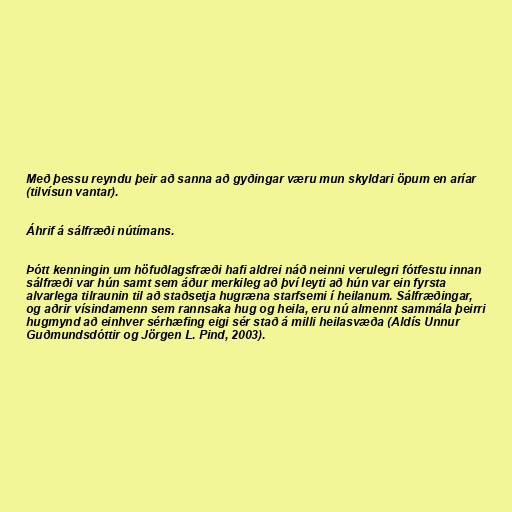
Með þessu reyndu þeir að sanna að gyðingar væru mun skyldari öpum en aríar
(tilvísun vantar).

Áhrif á sálfræði nútímans.

Þótt kenningin um höfuðlagsfræði hafi aldrei náð neinni verulegri fótfestu innan
sálfræði var hún samt sem áður merkileg að því leyti að hún var ein fyrsta
alvarlega tilraunin til að staðsetja hugræna starfsemi í heilanum. Sálfræðingar,
og aðrir vísindamenn sem rannsaka hug og heila, eru nú almennt sammála þeirri
hugmynd að einhver sérhæfing eigi sér stað á milli heilasvæða (Aldís Unnur
Guðmundsdóttir og Jörgen L. Pind, 2003).